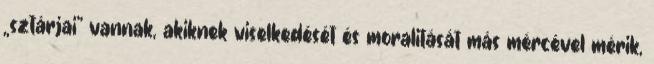
„sztárjai” vannak, akiknek viselkedését és moralitását más mércével mérik,